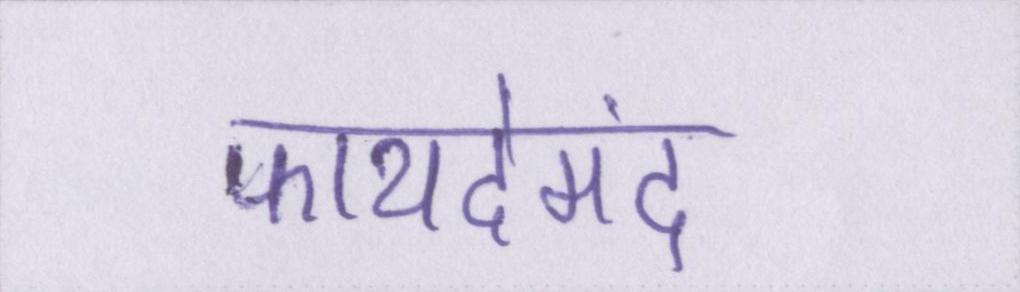
फायदेमंद